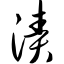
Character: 渍